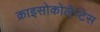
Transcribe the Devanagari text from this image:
क्राइसोकोलेप्टेस